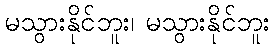
မသွားနိုင်ဘူး၊ မသွားနိုင်ဘူး